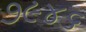
૭૯૪૬